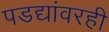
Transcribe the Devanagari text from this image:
पडद्यांवरही